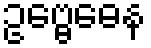
ဥဗ္ဗေဓေန